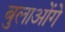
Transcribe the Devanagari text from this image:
बुलाओंगे